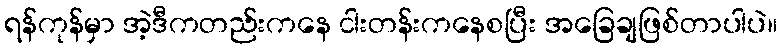
ရန်ကုန်မှာ အဲ့ဒီကတည်းကနေ ငါးတန်းကနေစပြီး အခြေချဖြစ်တာပါပဲ။